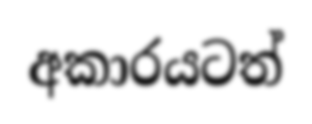
අකාරයටත්